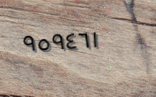
٩٥٩٤٦١